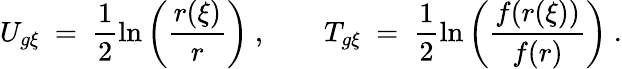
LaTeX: U_{g\xi}\ =\ \frac{1}{2}\ln\left(\frac{r(\xi)}{r}\right)\ ,\ \ \ \ \ \ \ \ T_{g\xi}\ =\ \frac{1}{2}\ln\left(\frac{f(r(\xi))}{f(r)}\right)\ .